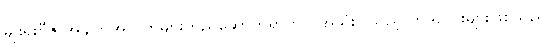
မျိုးရိုးဗီဇ အချက်အလက်များတည်ဆောက်ရာတွင် အသုံးပြုသည့် ကုဒ်လေးများဖြစ်သည်။